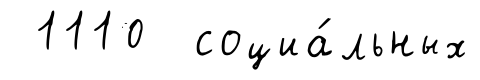
1110 социа́льных